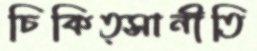
চিকিত্সানীতি